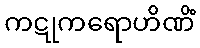
ကဋုကရောဟိဏိံ